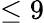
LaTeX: \leq 9